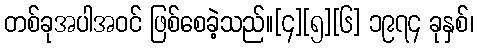
တစ်ခုအပါအဝင် ဖြစ်စေခဲ့သည်။[၄][၅][၆] ၁၉၇၄ ခုနှစ်၊